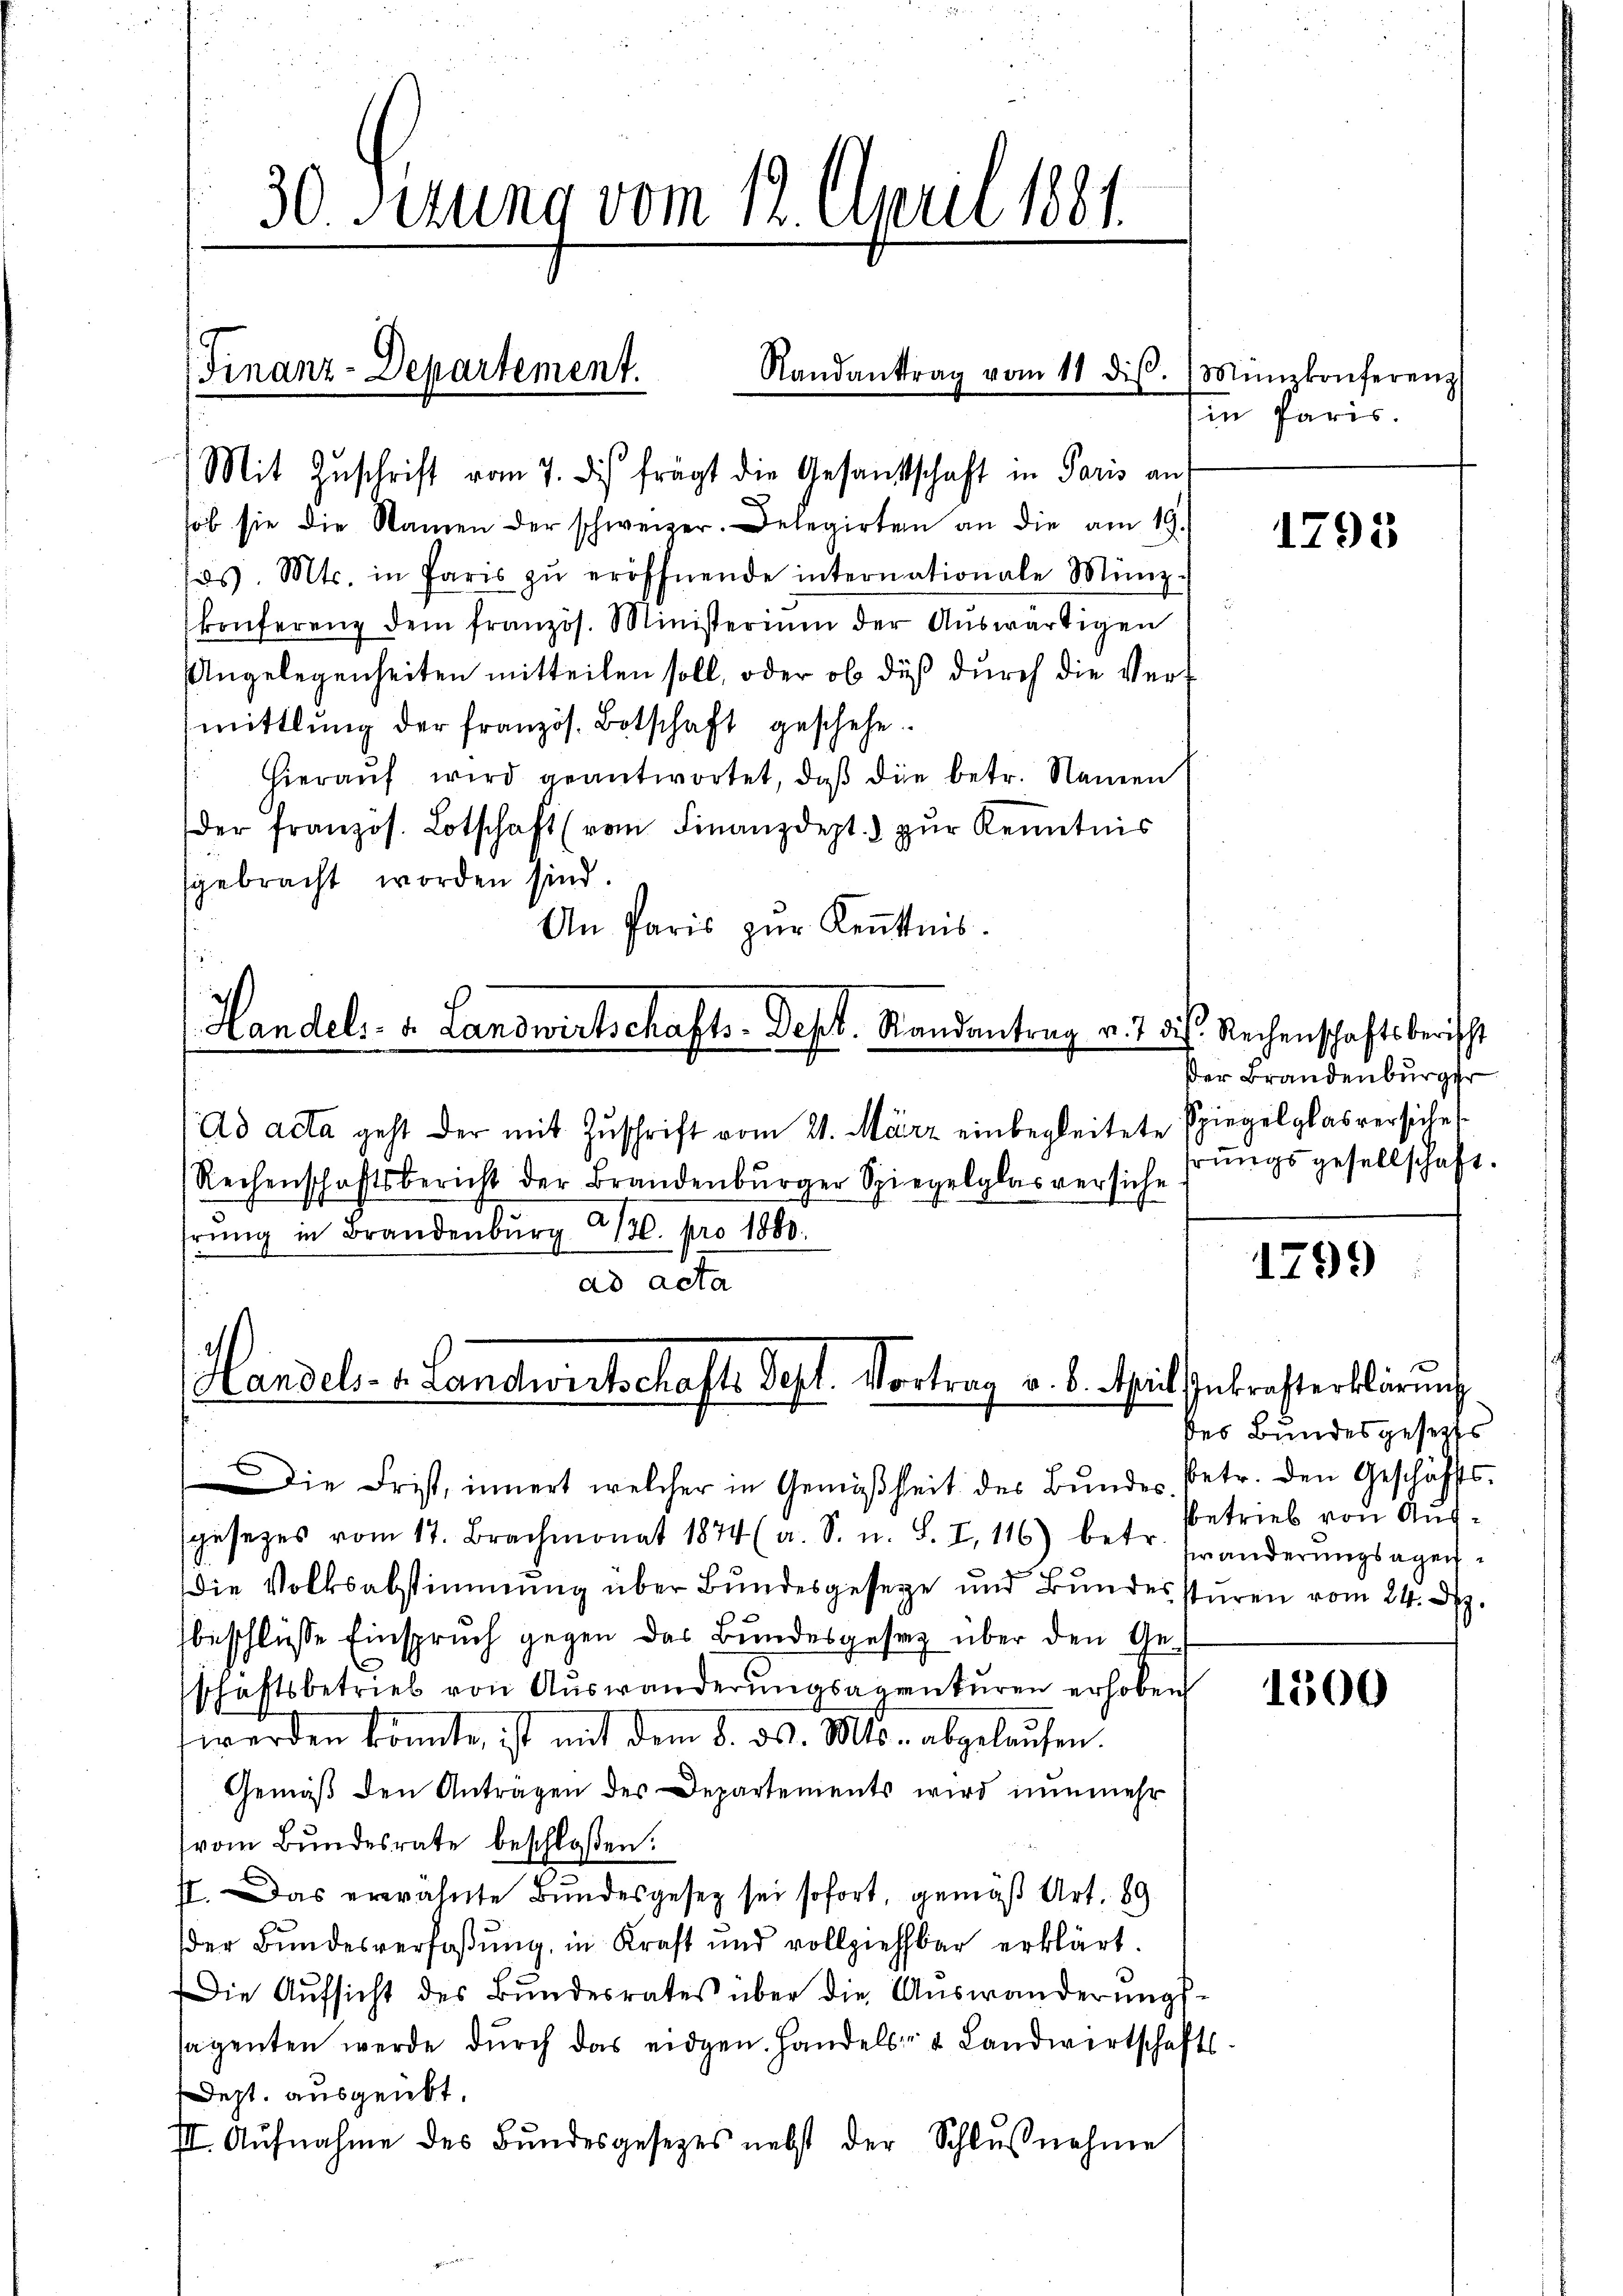
30. Mitung vom 12. Junii 1881.

(Finanz-Departement.
¬
Mit Zuschrift vom 7. dies frägt die Gesandtschaft in Paris auf

hob sie die Namen der schweizer. Delegirten an die am 19.
los. Mts. in Paris zŭ eröffnende internationale Münz-
konferenz dem französ. Ministerium der Aŭswärtigen
Angelegenheiten mitteilen soll, oder ob daß durch die Verf
mittlung der französ. Botschaft geschehe.
Hieraŭf wird geantwortet, daß die betr. Namen
der französ. Lotschaft (vom Finanzdept.) zŭr Kenntnis
sgebracht worden sind.
An Paris zŭr Kenntnis.
i

ad acta

Standanttrag vom 11 dis.

Handels- u. Landwirtschafts-Dept. Randantrag v. 7. ds. Rechenschaftsbericht

Handels- 1. Landwirtschafte Sept. Vortrag v. 6. April Inkrafterklärung

.
Die Frist, innert welcher in Gemäßheit des Bundes, betr. den Geschäffts-
gesezes vom 17. Brachmonat 1874 (a. S. u. S. I, 116) betr. Veränderŭngsagen-
die Volksabstimmung über Bundesgesetze und Bundessturen vom 24. Dez.
beschlüsse Einspruch gegen das Bundesgesez über den Ge-
schaftsbetrieb von Auswanderungsagenturen erhoben
werden könnte, ist mit dem 8. ds. Mts. abgelaufen.
Gemäβ den Antragen des Departements wird nunmehr
vom Bŭndesrate beschlossen:
st. Das erwähnte Bundesgesez sei sofort, gemäß Art. 89.
dder Bundesverfaßung, in Kraft und vollziehbar erklärt.
Die Aŭfsicht des Bŭndesrates über die Aŭswanderŭngs-
slagenten werde durch das eidgen. Handels- & Landwirtschafts¬
Dept. ausgeübt.
III. Aufnahme des Bundesgesetzes nebst der Schlußnahme

(Ad acta geht der mit Zuschrift vom 21. März einbegleitete Spiegelglas versiche
Rechenschaftsbericht der Brandenbŭrger Spiegelglas versiche
hrung in Brandenburg 130. pro 1880.

Münzkonferenz
in Paris.

ßer Brandenburger
hrungsgesellschaft.

1795

1799

des Bundesgesetztes
betrieb von Aus¬

1500